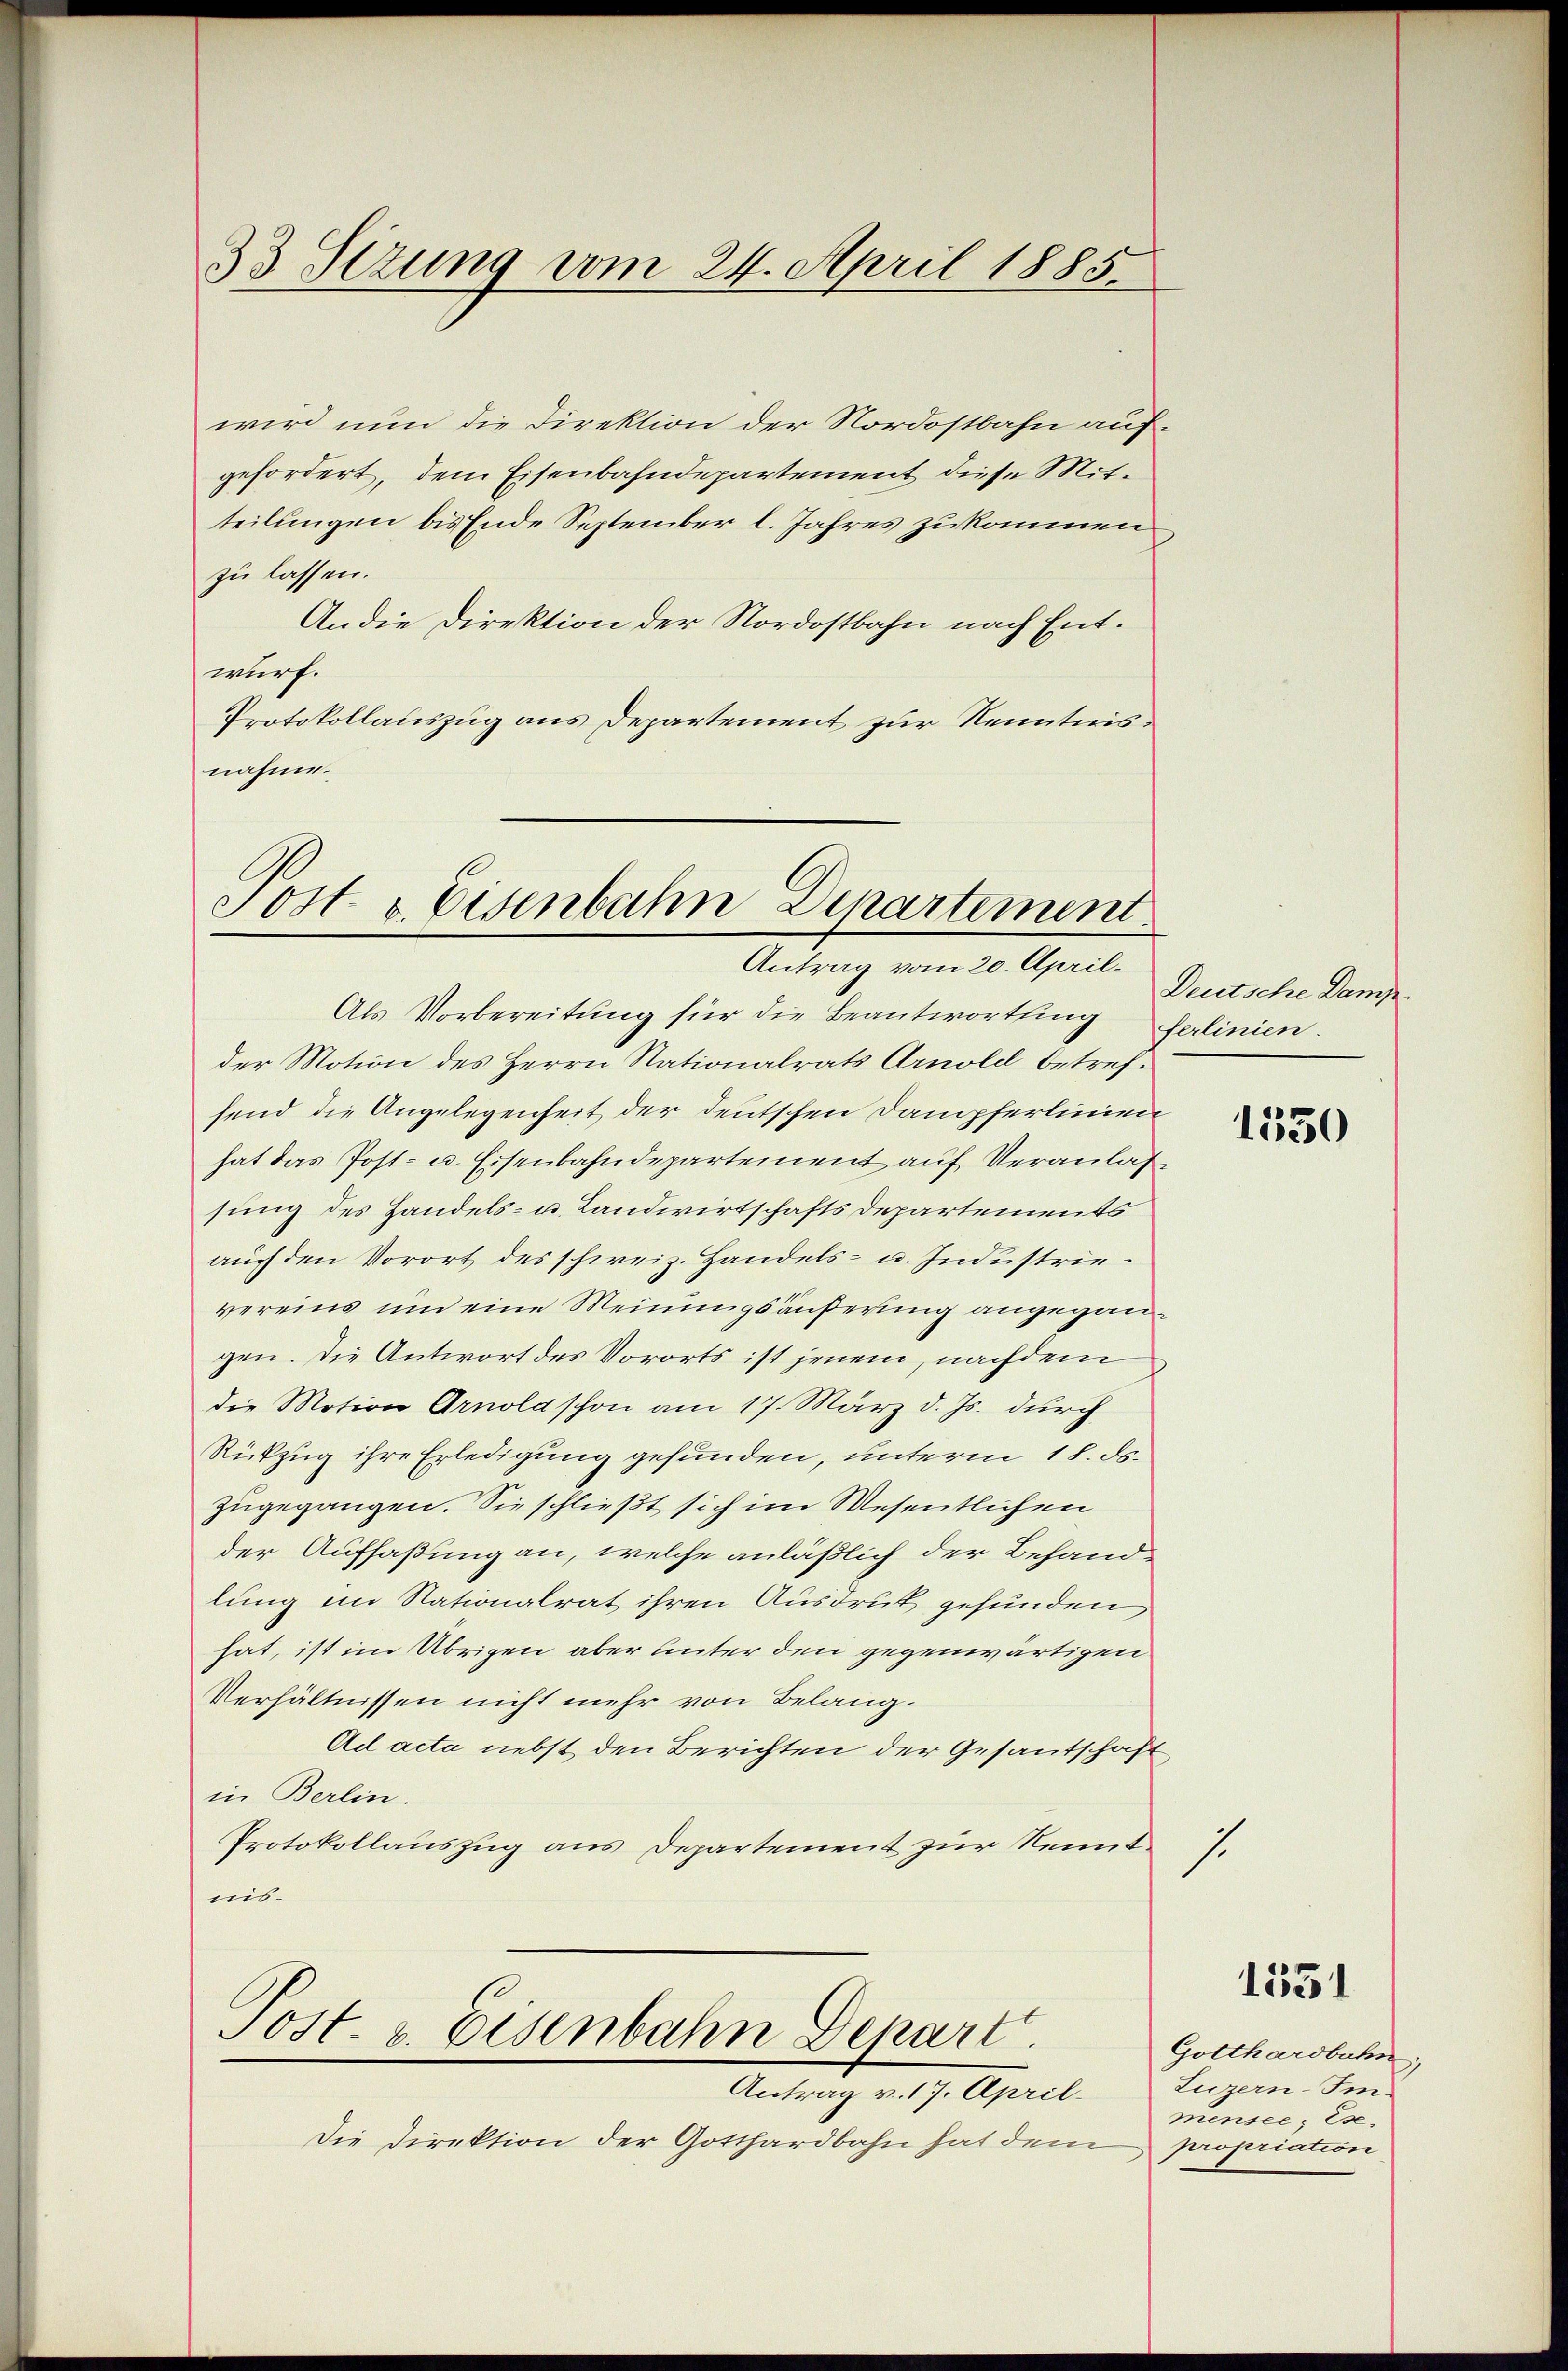
33 Stzung vom 24. April 1885.

wird nun die Direktion der Nordostbahn aufgefordert, dem Eisenbahndepartement diese Mitteilungen bis Ende September l. Jahres zukommen
zu lassen.
An die Direktion der Nordostbahn nach Entwurf.
Protokollauszug aus Departement zur Kenntnis:
nahme.

Sost. v. Eisenbahn Departement.
Antrag vom 20. April.

Als Vorbereitung für die Beantwortling ferlinien.
der Motion des Herrn Nationalrats Arnold betreffend die Angelegenheit der deutschen Dampferlinien
hat das Post- u. Eisenbahndepartement auf Veranlassung des Handels- u. Landwirtschafts Departements
auch den Vorort des schweiz. Handels- u. Industrievereins um eine Meinungsäußerung angegangen. Die Antwort des Vororts ist jenem, nachdem
die Motion Arnold schon am 17. März d. Js. durch
Rükzug ihre Erledigung gefunden, unterm 18. ds.
zugegangen. Sie schließt sich im Wesentlichen
der Auffaßung an, welche anläßlich der Behandlung im Nationalrat ihren Ausdruck gefunden
hat, ist im Übrigen aber unter den gegenwärtigen
Verhältnissen nicht mehr von Belang.
Ad acta nebst den Berichten der Gesandtschaft
in Berlin.
Protokollauszug aus Departement zur Kenntnis¬

Post- & Eisenbahn Depart.
Antrag v. 17. April.

Die Direktion der Gotthardbahn hat dem

Deutsche Damp

1

1550

1551

Gotthardbahn
Luzern-Immensee; E.
propriation